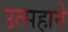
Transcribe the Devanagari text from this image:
उत्सहाने